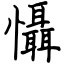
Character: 懾